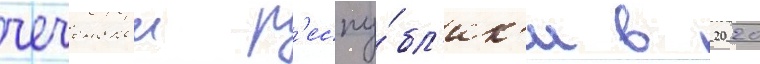
чеченскои р'еспу́бл'ик'и в 2020